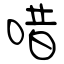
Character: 唶